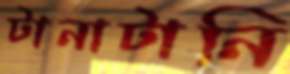
টানাটানি